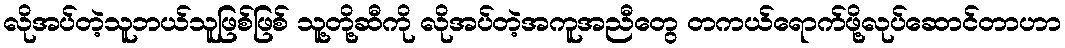
လိုအပ်တဲ့သူဘယ်သူဖြစ်ဖြစ် သူ့တို့ဆီကို လိုအပ်တဲ့အကူအညီတွေ တကယ်ရောက်ဖို့လုပ်ဆောင်တာဟာ